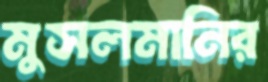
মুসলমানির